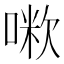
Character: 𠺼